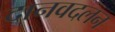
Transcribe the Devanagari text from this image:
दानवदलन